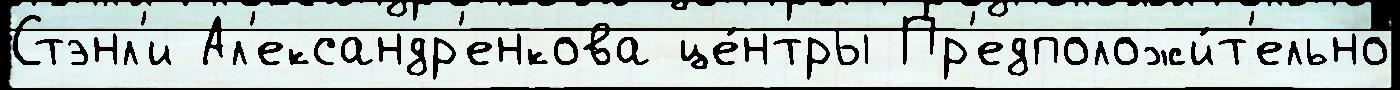
Стэнл'и Ал'ександр'енкова це́нтры Пр'едположи́т'ельно